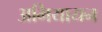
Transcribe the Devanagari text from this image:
अभियायन